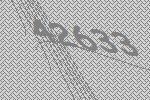
42633